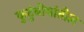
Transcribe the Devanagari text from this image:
कुटुंबीयांतील